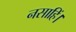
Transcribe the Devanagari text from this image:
नसाहिं।